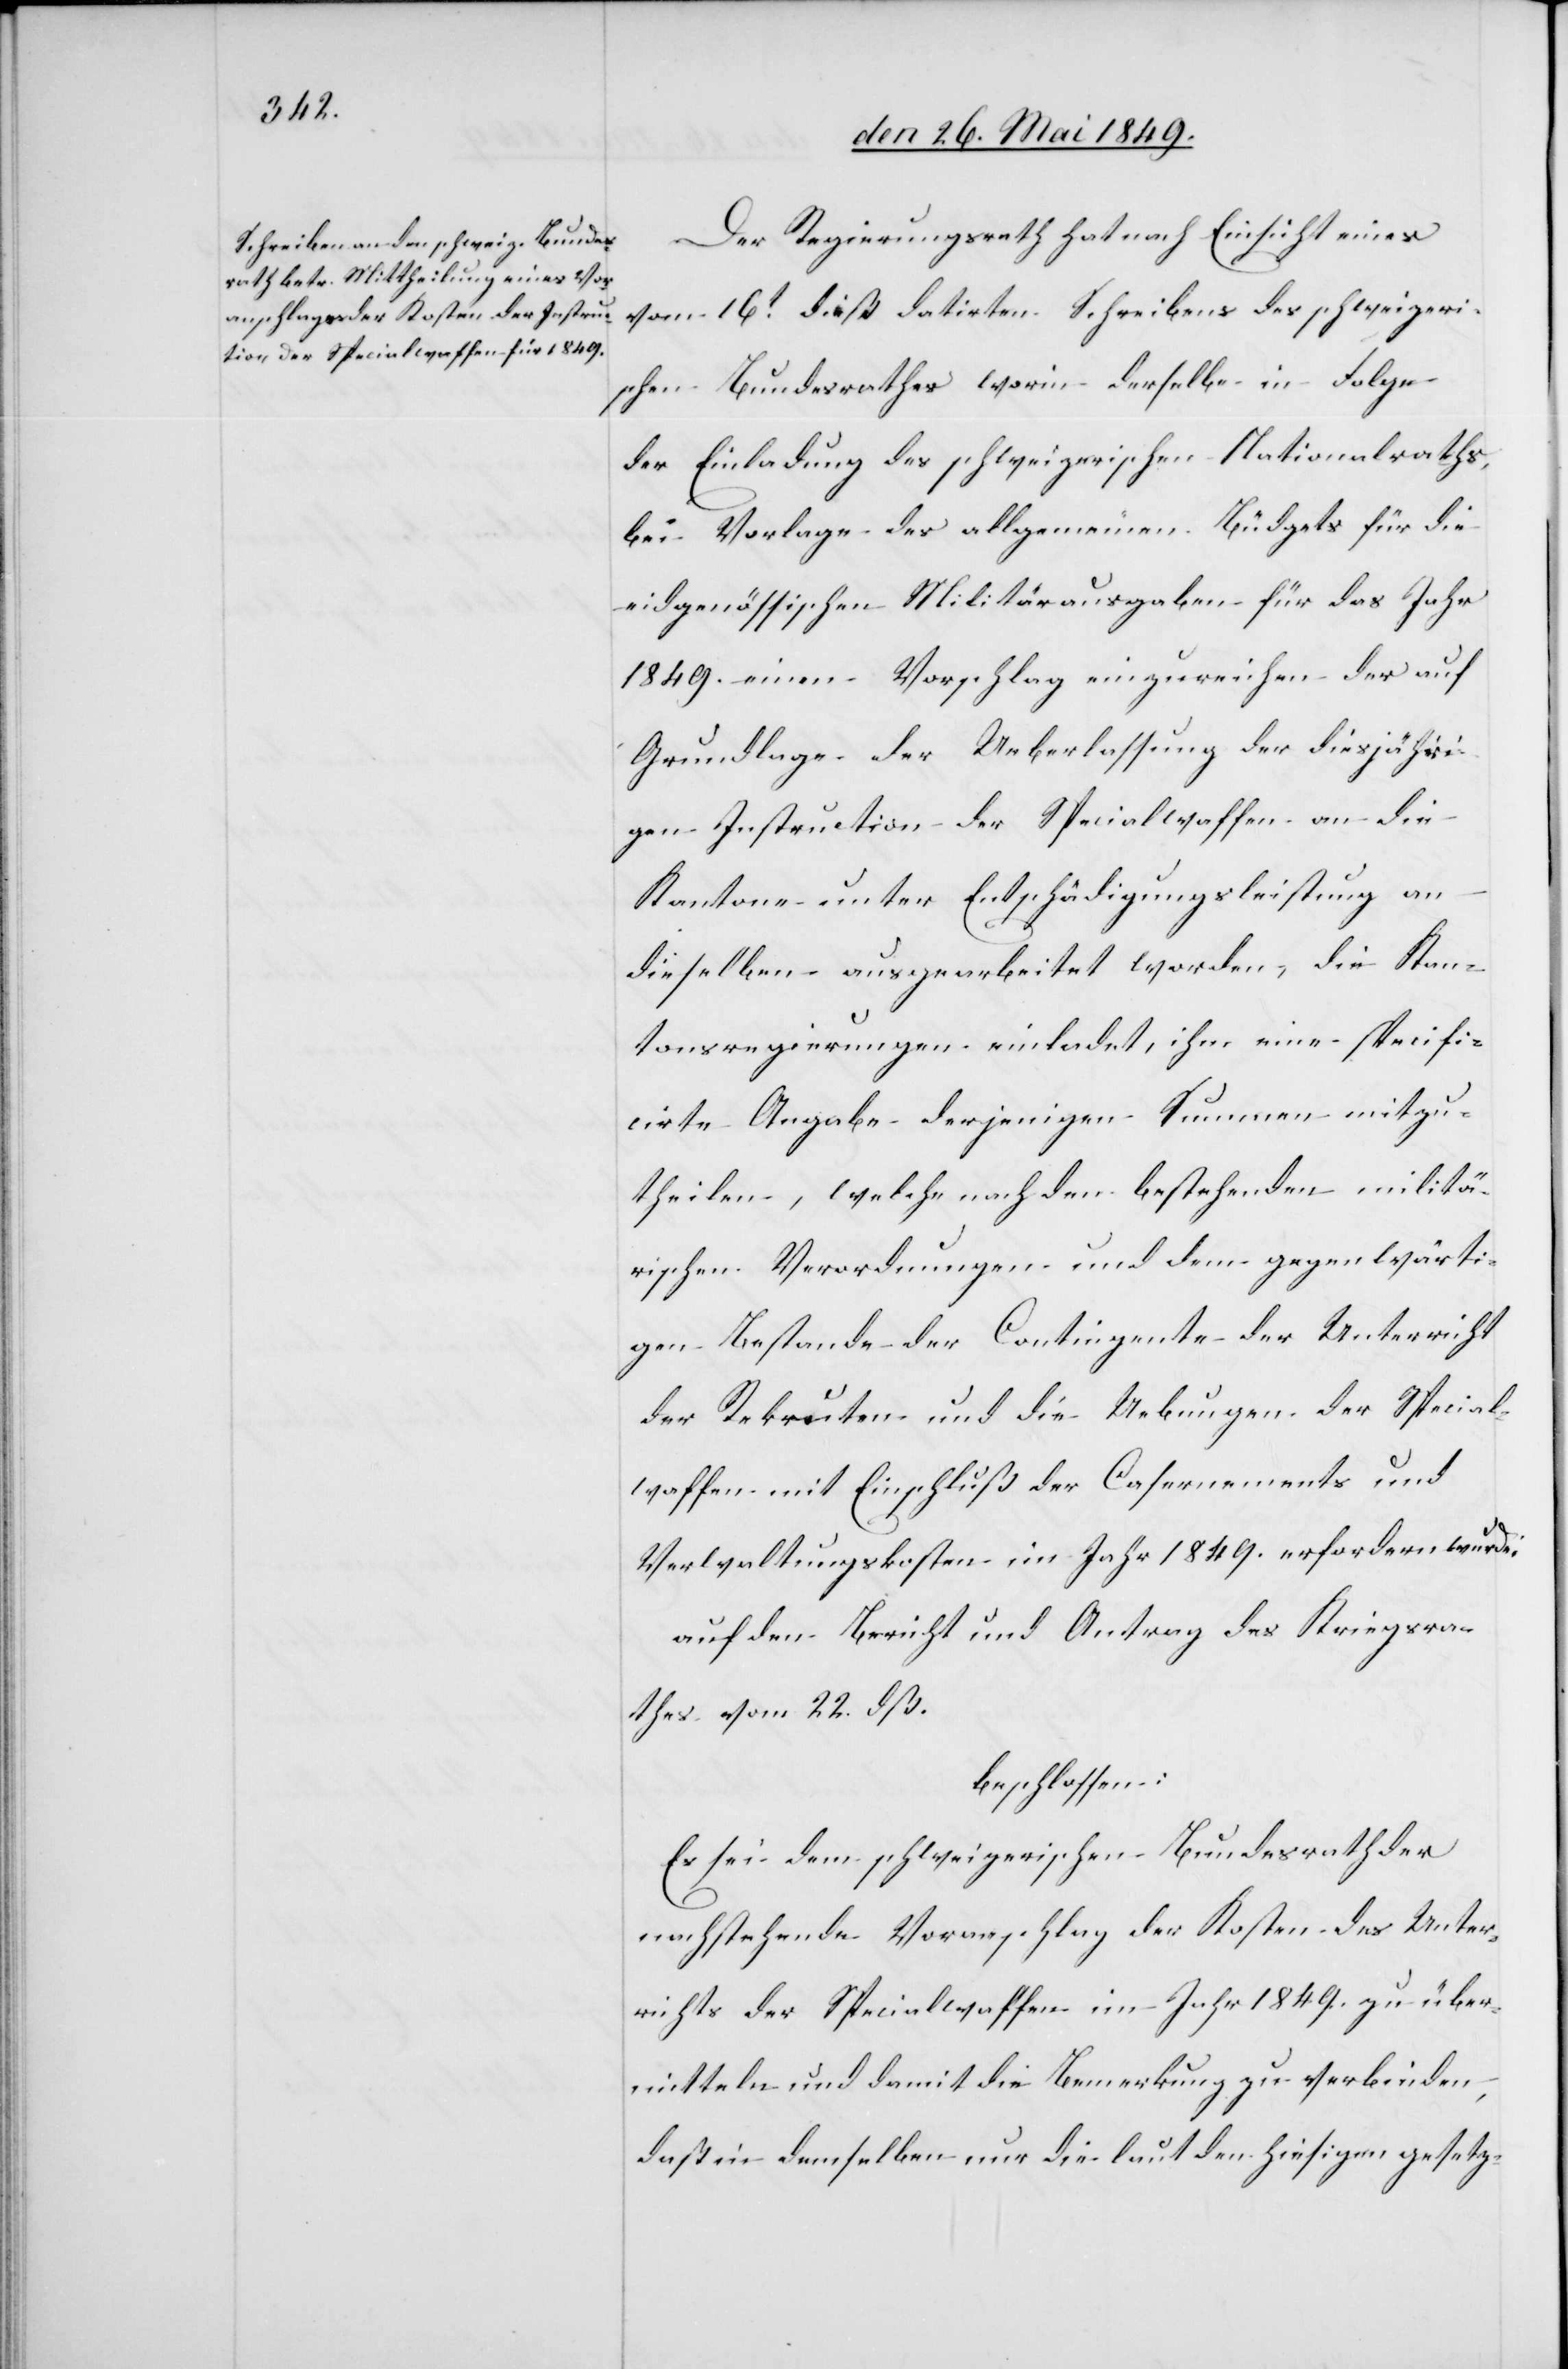
Der Regierungsrath hat nach Einsicht eines
vom 16t dieß datirten Schreibens des schweizeri¬
schen Bundesrathes worin derselbe in Folge
der Einladung des schweizerischen Nationalraths,
bei Vorlage des allgemeinen Büdgets für die
eidgenössischen Militärausgaben für das Jahr
1849. einen Vorschlag einzureichen der auf
Grundlage der Ueberlassung der diesjähri¬
gen Instruction der Specialwaffen an die
Kantone unter Entschädigungsleistung an
dieselben ausgearbeitet worden, die Kan¬
tonsregierungen einladet, ihm eine specifi¬
cirte Angabe derjenigen Summen mitzu¬
theilen, welche nach den bestehenden militä¬
rischen Verordnungen und dem gegenwärti¬
gen Bestande der Contingente der Unterricht
der Rekruten und die Uebungen der Special¬
waffen mit Einschluß der Casernements und
Verwaltungskosten im Jahr 1849. erfordern würde;
auf den Bericht und Antrag des Kriegsra¬
thes vom 22. dß.
beschlossen:
Es sei dem schweizerischen Bundesrath der
nachstehende Voranschlag der Kosten des Unter¬
richts der Specialwaffen im Jahr 1849. zu über¬
mitteln und damit die Bemerkung zu verbinden,
daß in demselben nur die laut den hiesigen gesetz-